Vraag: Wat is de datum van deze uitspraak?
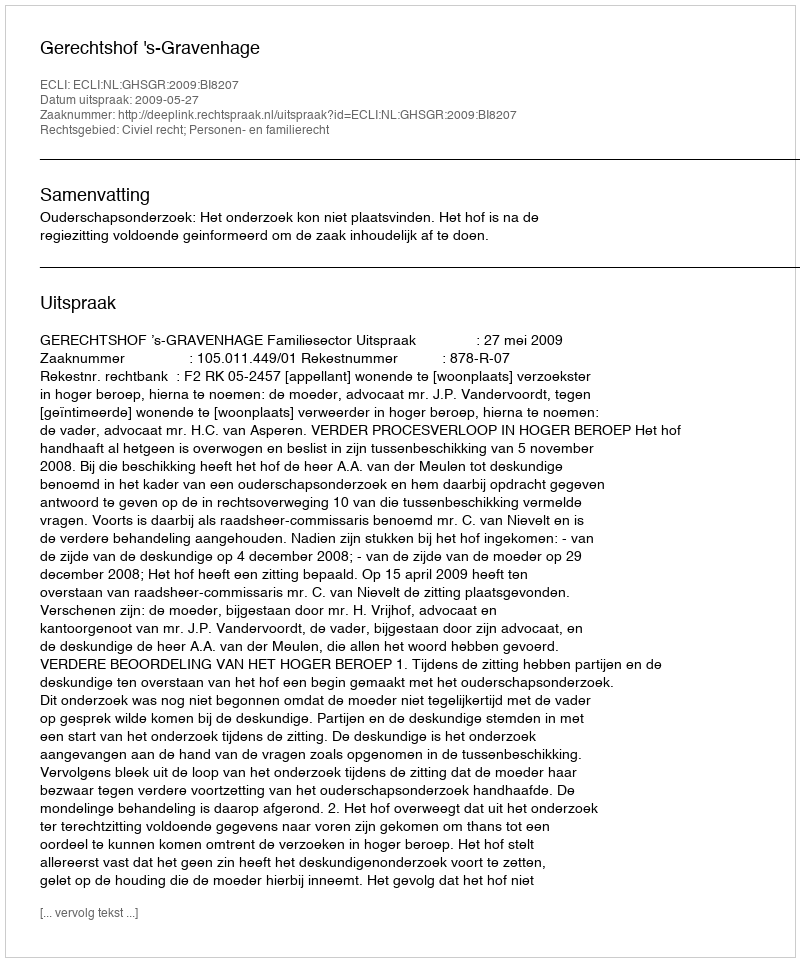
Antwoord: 2009-05-27